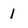
Character: 1